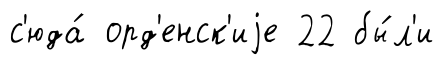
с'юда́ орд'енск'иjе 22 бы́л'и